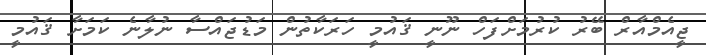
ޖީއެމްއާރް ބޭރު ކުރުމަށްފަހް ނޫނީ ޤައުމީ ހަރަކާތުން މަޑުޖައްސާ ނުލާނެ ކަމަށާ ޤައުމީ